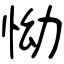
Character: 怮